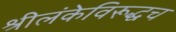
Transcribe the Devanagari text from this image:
श्रीलंकेविरूद्धच